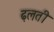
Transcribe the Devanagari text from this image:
ढ़लती